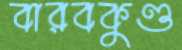
বারবকুণ্ড